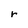
Character: r